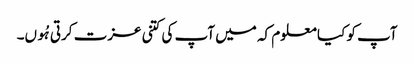
آپ کو کیا معلوم کہ میں آپ کی کتنی عزت کرتی ہُوں۔